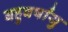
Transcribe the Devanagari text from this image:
बहुवर्षांयु